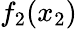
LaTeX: f_{2}(x_{2})